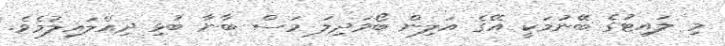
މި ލައިޓުގެ ބޭނުމަކީ އޭގެ އަލިން ބޯވަދިލަ މަސް ބާނާ ބުޅި ދިއްލައިލުމެވެ.